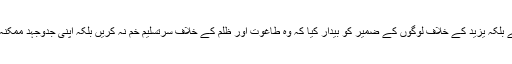
امام عالی مقام یزید کے سامنے نہیں جھکے بلکہ یزید کے خلاف لوگوں کے ضمیر کو بیدار کیا کہ وہ طاغوت اور ظلم کے خلاف سرتسلیم خم نہ کریں بلکہ اپنی جدوجہد ممکنہ ذرائع استعمال کرتے ہوئے جاری رکھیں۔